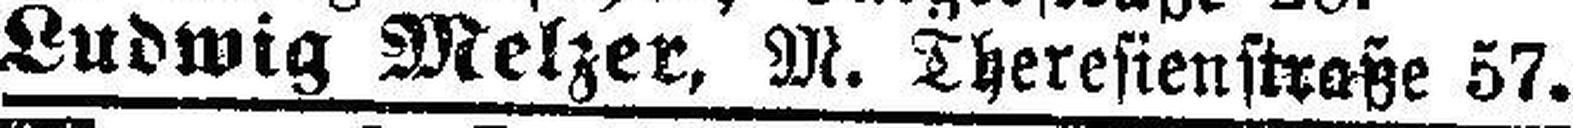
Ludwig Melzer, M. Theresienstraße 57.